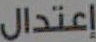
إعتدال